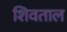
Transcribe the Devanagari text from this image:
शिवताल